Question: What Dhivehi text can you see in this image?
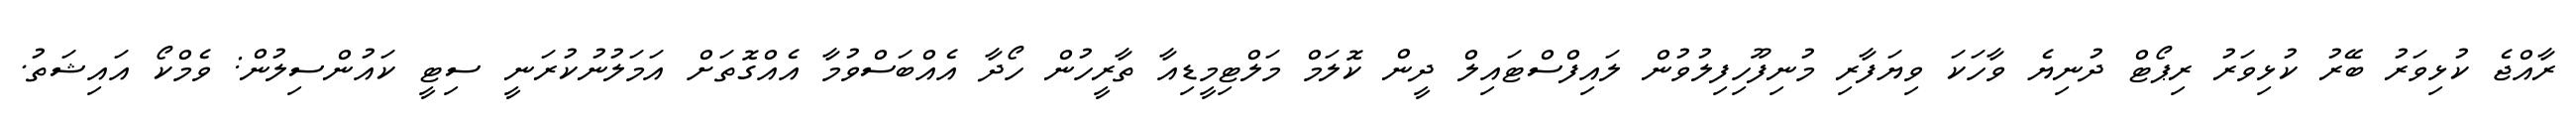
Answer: ރާއްޖެ ކުޅިވަރު ބޭރު ކުޅިވަރު ރިޕޯޓް ދުނިޔެ ވާހަކަ ވިޔަފާރި މުނިފޫހިފިލުވުން ލައިފްސްޓައިލް ދީން ކޮލަމް މަލްޓިމީޑިއާ ތާރީހުން ހޯދާ އެއްބަސްވުމާ އެއްގޮތަށް އަމަލުނުކުރަނީ ސިޓީ ކައުންސިލުން: ވެމްކޯ އައިޝަތު.